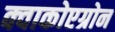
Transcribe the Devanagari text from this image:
क्वाकोएग्रोन